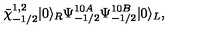
\bar { \chi } _ { - 1 / 2 } ^ { 1 , 2 } | 0 \rangle _ { R } \Psi _ { - 1 / 2 } ^ { 1 0 A } \Psi _ { - 1 / 2 } ^ { 1 0 B } | 0 \rangle _ { L } ,